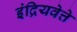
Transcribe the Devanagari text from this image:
इंद्रियवेत्ते